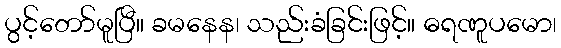
ပွင့်တော်မူပြီ။ ခမနေန၊ သည်းခံခြင်းဖြင့်။ ဓရဏူပမော၊